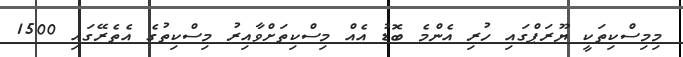
މިމިސްކިތަކީ ޔޫރަޕްގައި ހުރި އެންމެ ބޮޑު އެއް މިސްކިތަށްވާއިރު މިސްކިތުގެ އެތެރޭގައި 1500